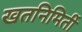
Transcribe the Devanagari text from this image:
खतनिमिर्ती